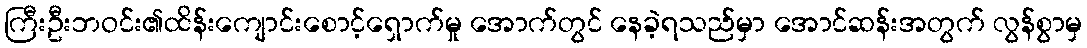
ကြီးဦးဘဝင်း၏ထိန်းကျောင်းစောင့်ရှောက်မှု အောက်တွင် နေခဲ့ရသည်မှာ အောင်ဆန်းအတွက် လွန်စွာမှ